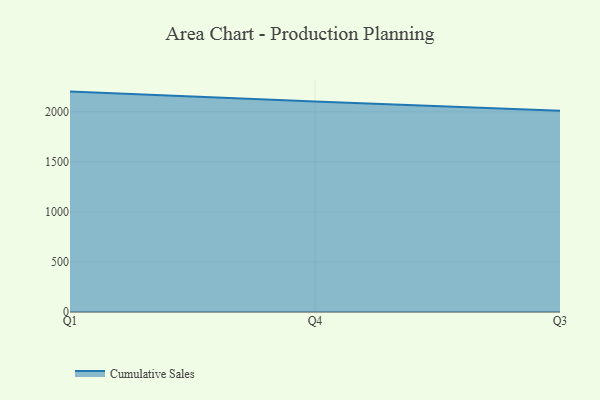
{"axis": {"x": "Quarter", "y": "Temperature (°C)"}, "legend": ["Cumulative Sales"], "data": [{"x": "Q1", "y": 2202.2, "type": "Cumulative Sales"}, {"x": "Q4", "y": 2102.1, "type": "Cumulative Sales"}, {"x": "Q3", "y": 2010.6, "type": "Cumulative Sales"}]}